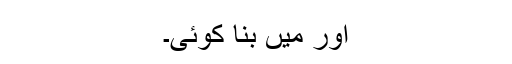
اور میں بنا کوئی۔